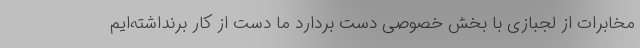
مخابرات از لجبازی با بخش خصوصی دست بردارد ما دست از کار برنداشته‌ایم